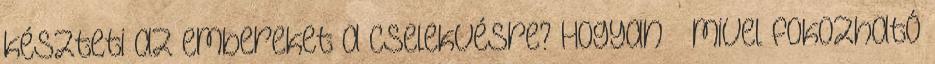
készteti az embereket a cselekvésre? Hogyan mivel fokozható